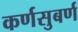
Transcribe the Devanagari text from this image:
कर्णसुबर्ण